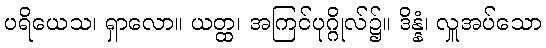
ပရိယေသ၊ ရှာလော။ ယတ္ထ၊ အကြင်ပုဂ္ဂိုလ်၌။ ဒိန္နံ၊ လှူအပ်သော